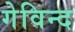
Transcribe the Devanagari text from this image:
गेविन्द